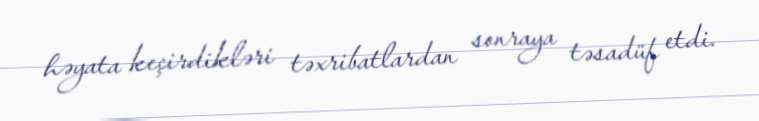
həyata keçirdikləri təxribatlardan sonraya təsadüf etdi.